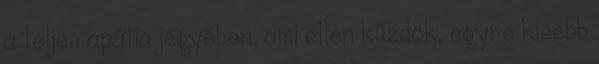
a teljes apátia jegyében, ami ellen küzdök, egyre kisebb